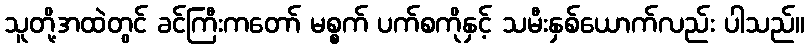
သူတို့အထဲတွင် ခင်ကြီးကတော် မစ္စက် ပက်စကိုနှင့် သမီးနှစ်ယောက်လည်း ပါသည်။